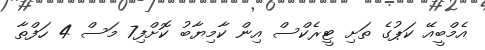
އެމްބީއޭ ކަޕުގެ ތަށި ޓީރެކްސް އިން ކާމިޔާބު ކޮށްފި7 މަސް 4 ހަފްތާ